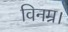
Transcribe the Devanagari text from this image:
विनम्र।